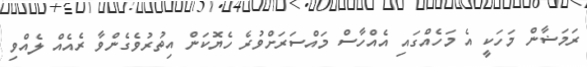
ރަމަޟާން މަހަކީ އެ މަހެއްގައި އެއްހާސް މައްސަރަށްވުރެ ހެޔޮކަން އިތުރުވެގެންވާ ރެއެއް ލެއްވި